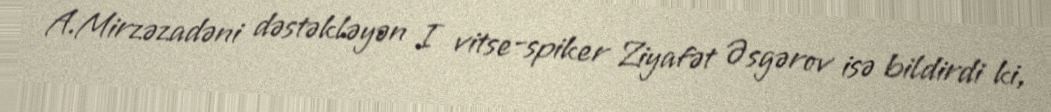
A.Mirzəzadəni dəstəkləyən I vitse-spiker Ziyafət Əsgərov isə bildirdi ki,